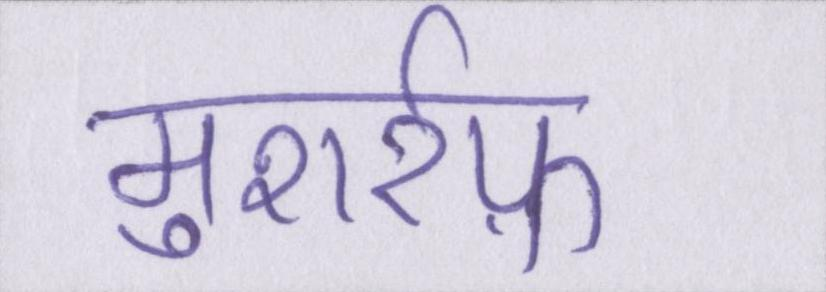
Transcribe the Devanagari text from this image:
मुशर्रफ़